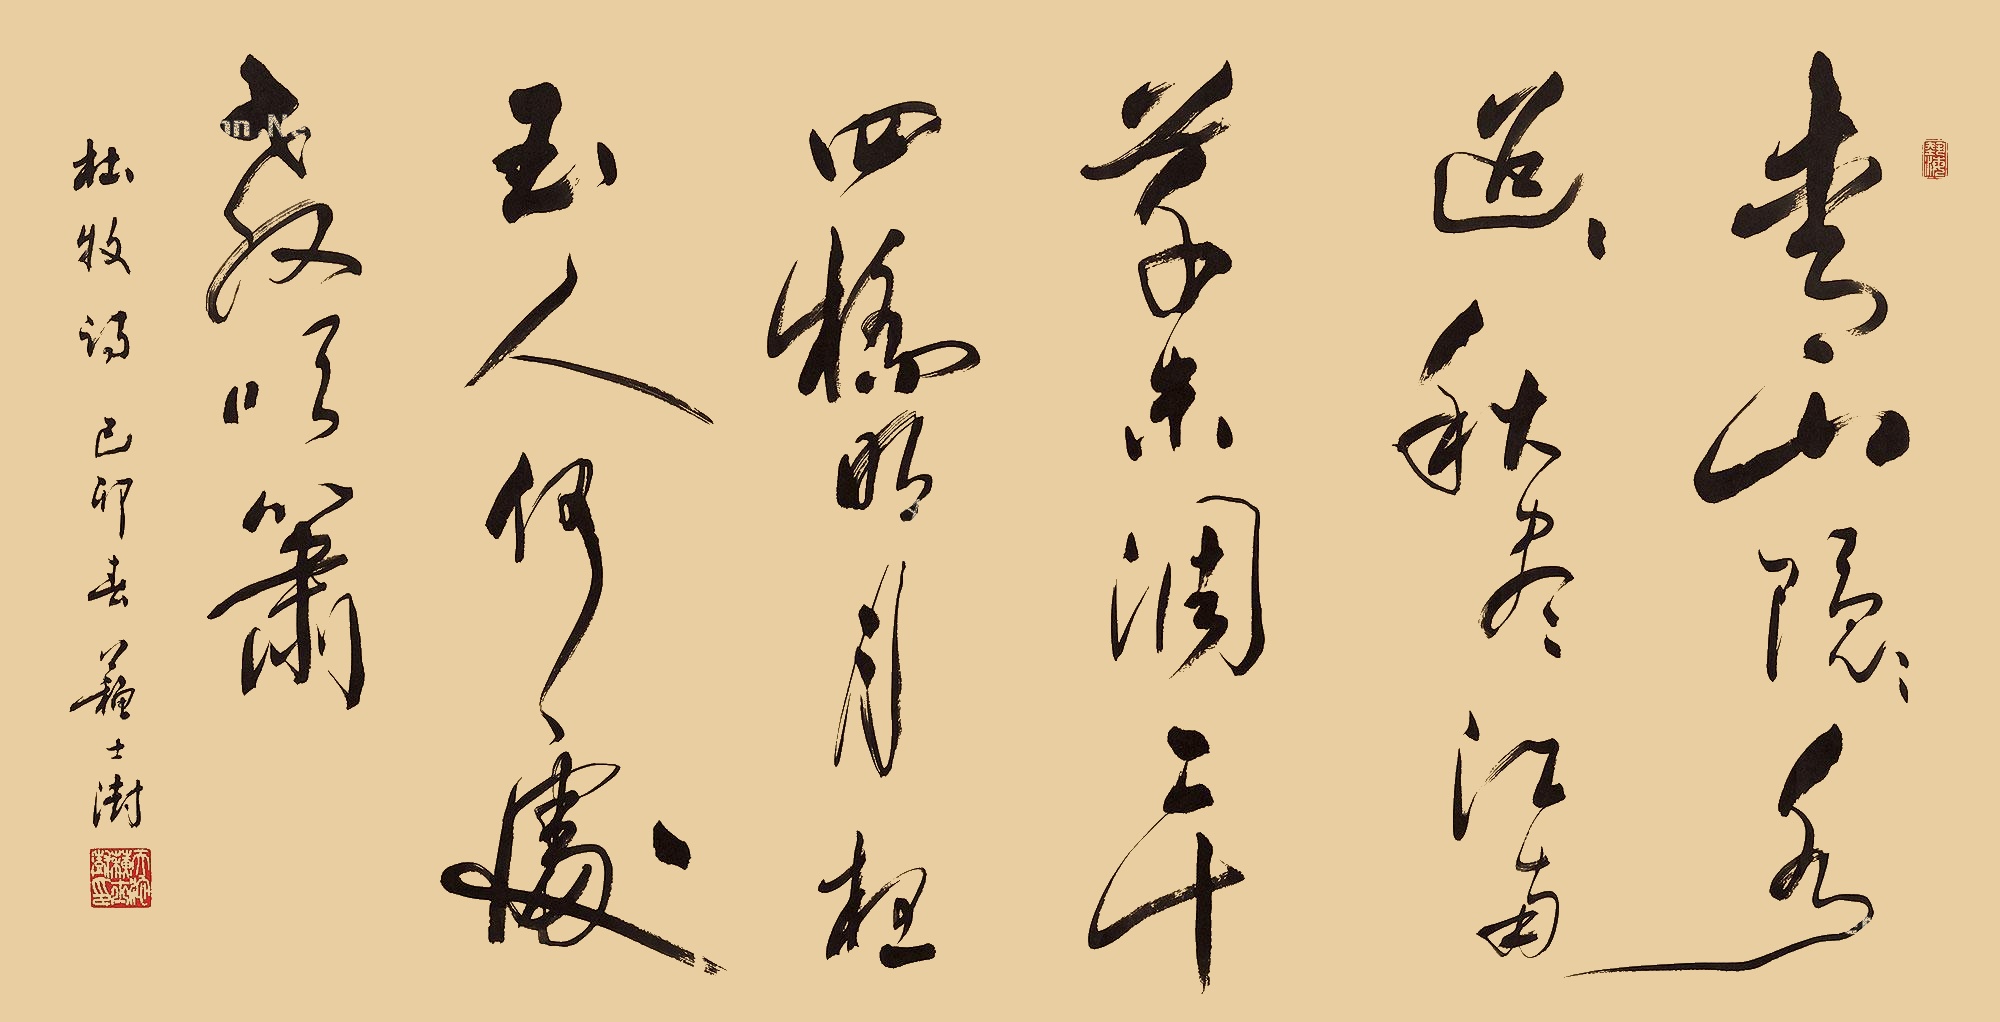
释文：青山隐隐水迢迢，秋尽江南草未凋。二十四桥明月夜，玉人何处教吹箫。己卯春，苏士澍。